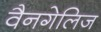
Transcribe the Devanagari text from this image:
वैनगेलिज